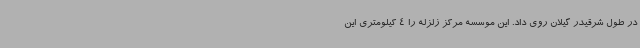
در طول شرقیدر گیلان روی داد. این موسسه مرکز زلزله را 4 کیلومتری این